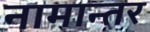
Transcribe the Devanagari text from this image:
नामान्तर